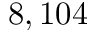
8 , 1 0 4